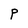
Character: P